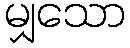
မျှသော